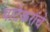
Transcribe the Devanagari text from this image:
पाटेकरांचे